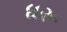
ધરૂ